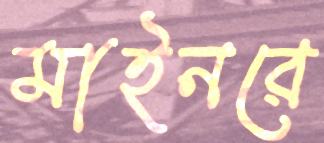
মাইনরে